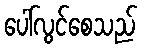
ပေါ်လွင်စေသည်